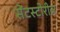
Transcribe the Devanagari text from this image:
सेंटस्टोरीज़